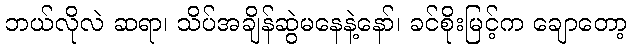
ဘယ်လိုလဲ ဆရာ၊ သိပ်အချိန်ဆွဲမနေနဲ့နော်၊ ခင်စိုးမြင့်က ချောတော့